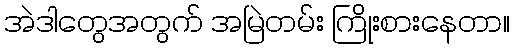
အဲဒါတွေအတွက် အမြဲတမ်း ကြိုးစားနေတာ။